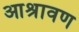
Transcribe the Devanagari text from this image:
आश्रावण